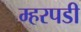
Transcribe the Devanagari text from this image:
म्हरपडी